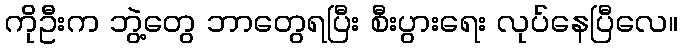
ကိုဦးက ဘွဲ့တွေ ဘာတွေရပြီး စီးပွားရေး လုပ်နေပြီလေ။